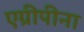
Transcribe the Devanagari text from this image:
एग्रीपीना